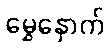
မွှေနှောက်